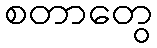
စတာတွေ